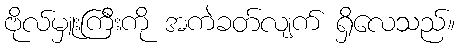
ဗိုလ်မှူးကြီးကို အကဲခတ်လျက် ရှိလေသည်။